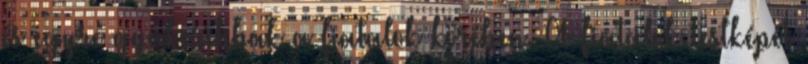
és egyre gyakoribbak a fiatalok körében. A fiatalok testképét